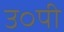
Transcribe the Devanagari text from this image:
उ०पी